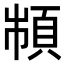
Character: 𩒌